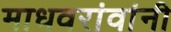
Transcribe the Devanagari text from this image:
माधवरांवांनी